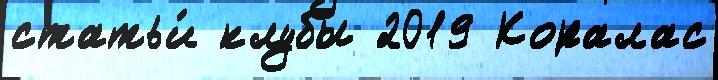
статьи́ клубы 2019 Коралас